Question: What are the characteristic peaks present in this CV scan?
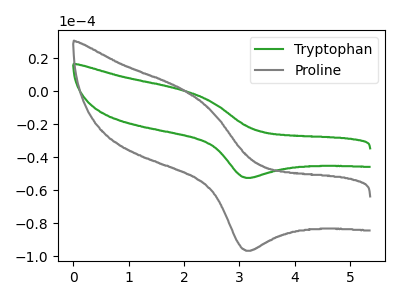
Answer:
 <answer>The green curve "Tryptophan" has an anodic peak at (2.00V, 0.45uA) and a cathodic peak at (3.15V, -52.55uA). The gray curve "Proline" has an anodic peak at (2.00V, 0.80uA) and a cathodic peak at (3.15V, -96.65uA).</answer>
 <eval></eval>